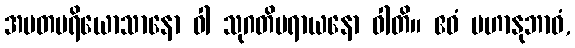
အမတပရိယောသာနော ဝါ သုဂတိပရာယနော ဝါတိ။ ဧဝံ မဟာနုဘာဝံ,